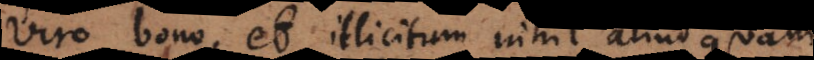
viro bono, et illicitum nihil aliud quam